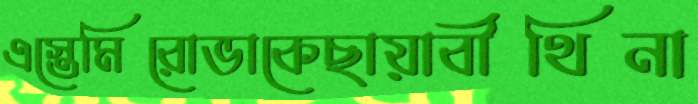
এস্তেমিরোভাকেছায়াবীথিনা